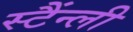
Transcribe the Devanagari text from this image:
स्टैंन्ली